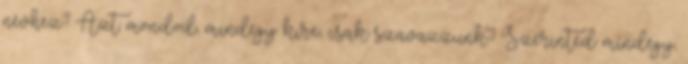
névhez? Azt mondod, mindegy kire, csak szavazzunk? Szerinted mindegy,